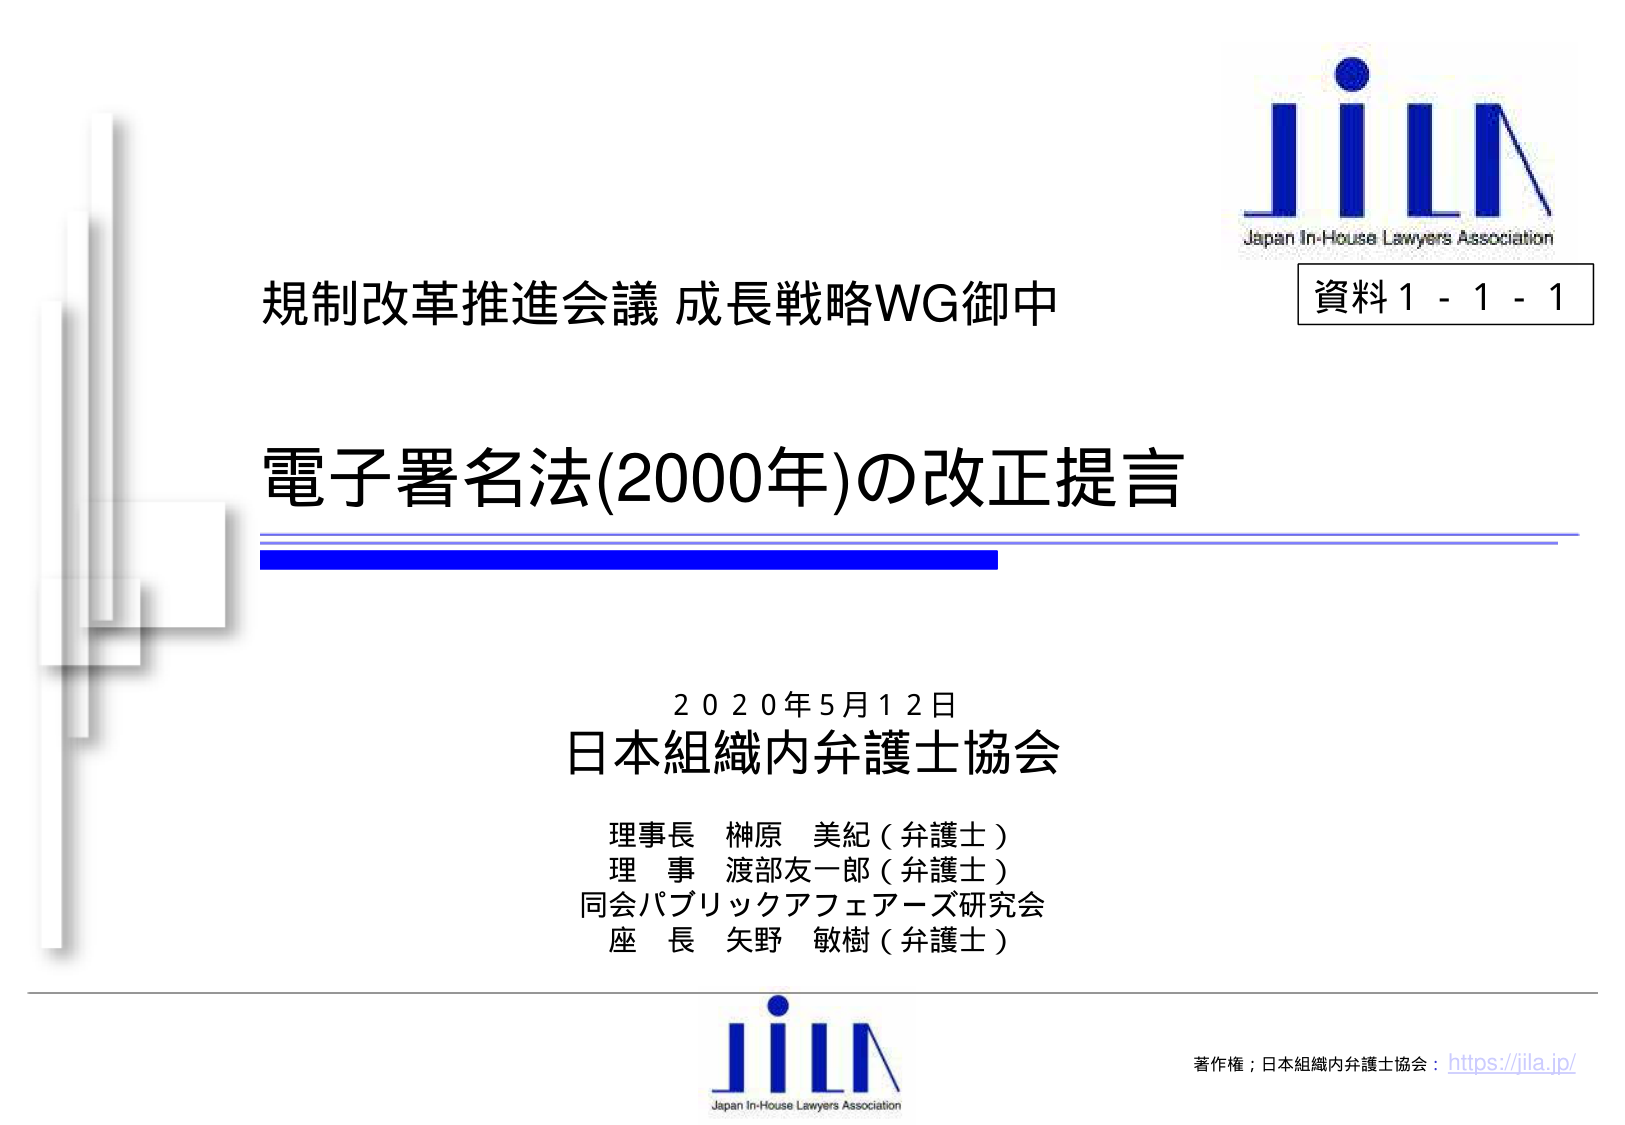
規制改革推進会議 成長戦略WG御中

電子署名法(2000年)の改正提言

資料1 - 1 - 1

2020年5月12日
日本組織内弁護士協会

理事長 榊原 美紀（弁護士）
理事 渡部友一郎（弁護士）
同会パブリックアフェアーズ研究会
座長 矢野 敏樹（弁護士）

JiLA
Japan In-House Lawyers Association

著作権；日本組織内弁護士協会：https://jila.jp/